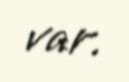
var.